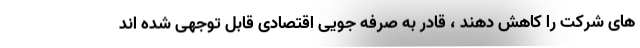
های شرکت را کاهش دهند ، قادر به صرفه جویی اقتصادی قابل توجهی شده اند